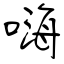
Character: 嗨